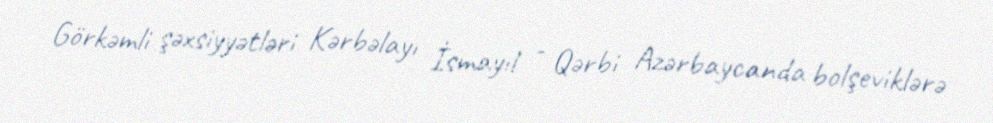
Görkəmli şəxsiyyətləri Kərbəlayı İsmayıl - Qərbi Azərbaycanda bolşeviklərə